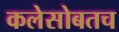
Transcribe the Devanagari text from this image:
कलेसोबतच